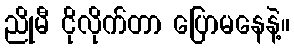
ညိုမီ ငိုလိုက်တာ ပြောမနေနဲ့။